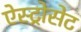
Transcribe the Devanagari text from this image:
ऐस्ट्रोसेट